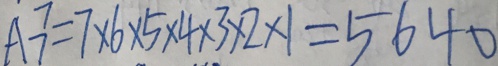
A ^ { 7 } _ { 7 } = 7 \times 6 \times 5 \times 4 \times 3 \times 2 \times 1 = 5 6 4 0